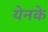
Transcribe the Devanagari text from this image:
येनके